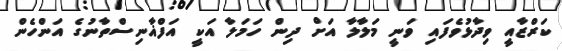
ކަރްޒާއީ ވިދާޅުވެފައި ވަނީ މަލާލާ އަށް ދިން ހަމަލާ އަކީ އަފްޣާނިސްތާނުގެ އަންހެން